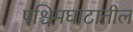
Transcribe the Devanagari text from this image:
पश्चिमघाटातील